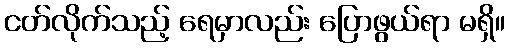
ငတ်လိုက်သည့် ရေမှာလည်း ပြောဖွယ်ရာ မရှိ။